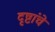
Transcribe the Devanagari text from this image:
दृष्टांचे